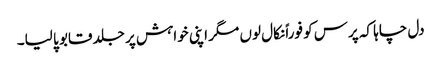
دل چاہا کہ پرس کو فوراً نکال لوں مگر اپنی خواہش پر جلد قابو پا لیا۔